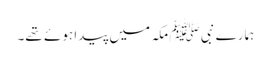
ہمارے نبی ﷺ مکہ میں پیدا ہوئے تھے۔